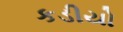
કડીયો